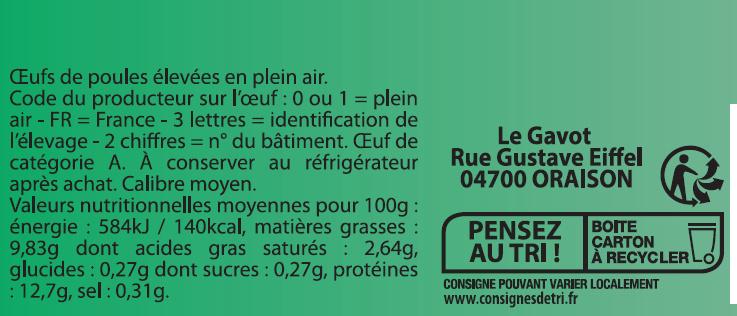
Eufs de poules élevées en plein air. Code du producteur sur l'oeuf : 0 ou 1 = plein air - FR = France - 3 lettres = identification de l'élevage - 2 chiffres = n° du bâtiment. Euf de catégorie A. À conserver au réfrigérateur après achat. Calibre moyen. Valeurs nutritionnelles moyennes pour 100g : énergie : 584kJ / 140kcal, matières grasses : 9,83g dont acides gras saturés : 2,64g, glucides : 0,27g dont sucres : 0,27g, protéines :12,7g, sel : 0,31g.
Le Gavot Rue Gustave Eiffel 04700 ORAISON
PENSEZ AU TRI !
BOITE ÇARTON À RECYCLER LO
CONSIGNE POUVANT VARIER LOCALEMENT
www.consignesdetri.fr